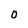
Character: 0